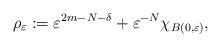
LaTeX: \begin{align*}\rho_{\varepsilon}:=\varepsilon^{2m-N-\delta}+\varepsilon^{-N}\chi_{B(0,\varepsilon)},\end{align*}